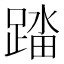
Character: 𰸟